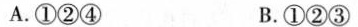
A.①②④ B.①②③